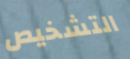
التشخيص